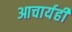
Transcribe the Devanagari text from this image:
आचार्यही